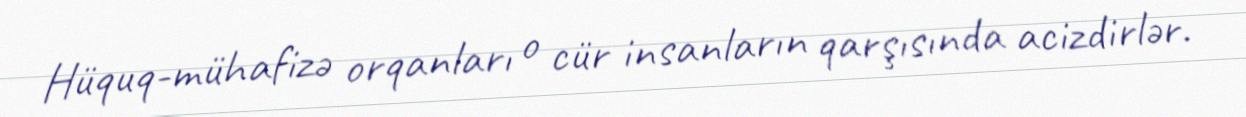
Hüquq-mühafizə orqanları o cür insanların qarşısında acizdirlər.